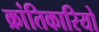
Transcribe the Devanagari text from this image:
क्रांतिकारियो